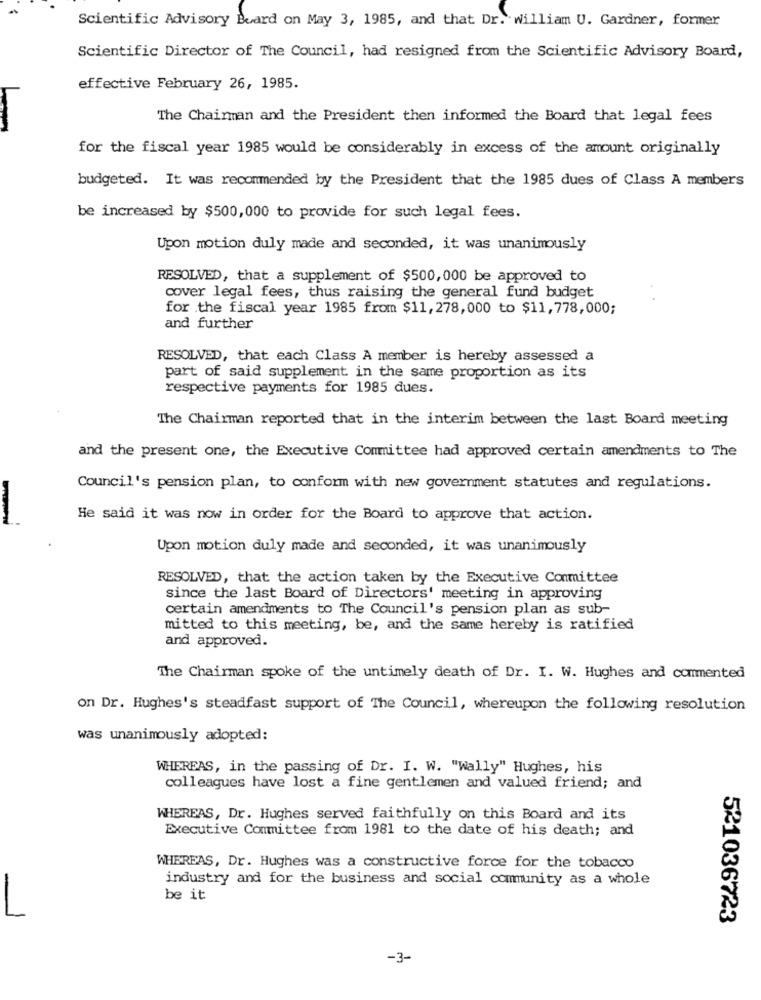
Scientific Advisory Board on May 3, 1985, and that Dr. william U. Gardner, former
Scientific Director of The Council, had resigned from the Scientific Advisory Board,
effective February 26, 1985.
The Chairman and the President then informed the Board that legal fees
for the fiscal year 1985 would be considerably in excess of the amount originally
budgeted. It was recommended by the President that the 1985 dues of Class A members
be increased by $500,000 to provide for such legal fees.
Upon motion duly made and seconded, it was unanimously
RESOLVED, that a supplement of $500,000 be approved to
cover legal fees, thus raising the general fund budget
for the fiscal year 1985 from $11, 278,000 to $11, 778,000;
and further
RESOLVED, that each Class A member is hereby assessed a
part of said supplement in the same proportion as its
respective payments for 1985 dues.
The Chairman reported that in the interim between the last Board meeting
and the present one, the Executive Committee had approved certain amendments to The
Council's pension plan, to conform with new government statutes and regulations.
He said it was now in order for the Board to approve that action.
Upon motion duly made and seconded, it was unanimously
RESOLVED, that the action taken by the Executive Committee
since the last Board of Directors' meeting in approving
certain amendments to The Council's pension plan as sub-
mitted to this meeting, be, and the same hereby is ratified
and approved.
The Chairman spoke of the untimely death of Dr. I. W. Hughes and commented
on Dr. Hughes's steadfast support of The Council, whereupon the following resolution
was unanimously adopted:
WHEREAS, in the passing of Dr. I. W. "Wally" Hughes, his
colleagues have lost a fine gentlemen and valued friend; and
WHEREAS, Dr. Hughes served faithfully on this Board and its
Executive Committee from 1981 to the date of his death; and
WHEREAS, Dr. Hughes was a constructive force for the tobacco
industry and for the business and social community as a whole
be it
521036723
-3-